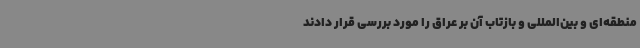
منطقه‌ای و بین‌المللی و بازتاب آن بر عراق را مورد بررسی قرار دادند